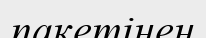
пакетінен